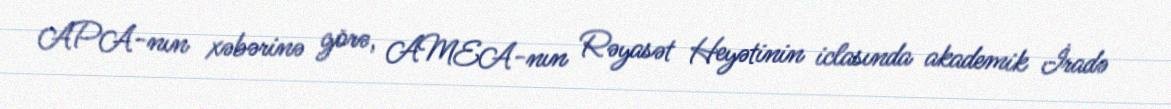
APA-nın xəbərinə görə, AMEA-nın Rəyasət Heyətinin iclasında akademik İradə